King Institute of Preventive Medicine Micro-Biological Section reports 1909-11
Year: 1909
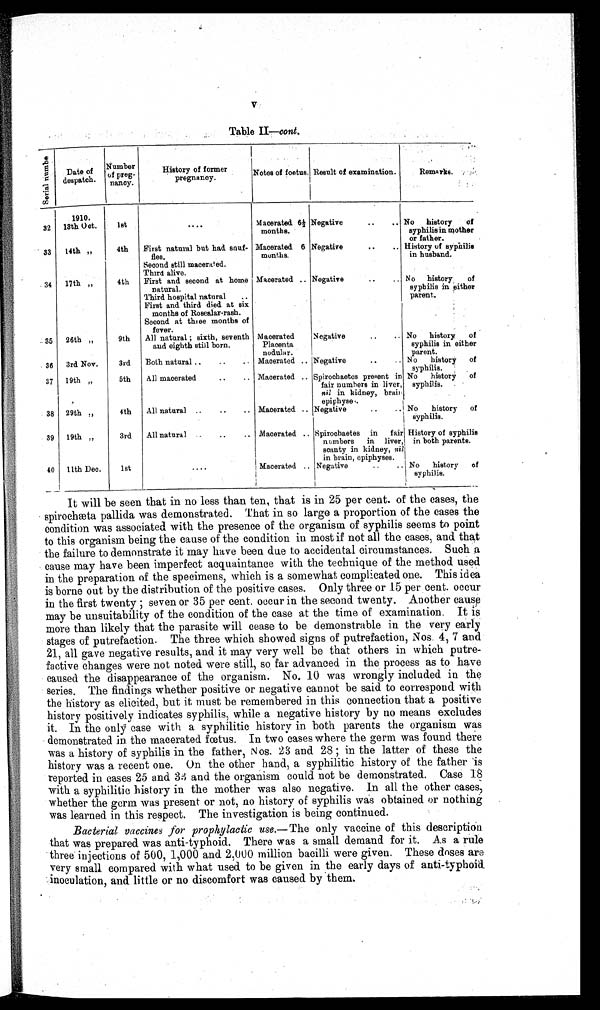
V Table II— c o n t .
S e r i a l n u m b e
Date of
despatch.
Number
of
p r e g - n a n c y .
History of former
pregnancy.
Notes of foetus. Result of examination.
Remarks.
1910.
32 13th Oct.
1st
. . . .
Macerated
6½ months.
Negative
..
.. No history of
syphilis in mother
or father.
33
14th ,,
4th
First natural but had. snuf-
fles.
Macerated. 6
months.
Negative
..
.. History of syphilis
in husband.
Second still macerated.
Third alive.
34 17th „
4th
First and. second at home
natural.
Macerated .. Negative
..
.. No history of
syphilis in either
parent.
Third hospital natural
..
First and third died. at six
months of Rosealar-rash.
Second at three months of
fever.
35
26th „
9th
All natural ; sixth, seventh
and eighth still born.
Macerated
Placenta
nodular.
Negative
..
.. No history of
syphilis in either
parent.
36 3rd Nov.
3rd
Both natural ..
..
Macerated .. Negative
..
.. No history of
syphilis.
37 19th „
5th
All macerated
..
.. Macerated .. Spirochaetes present in
fair numbers in liver,
nil in kidney, brain
epiphyse
No history of
syphilis.
38 29th „
4th
All natural ..
..
.. Macerated. .. Negative
..
.. i No history of
syphilis.
39 19th „
3rd
All natural
..
.. Macerated .. Spirochaetes in fair
numbers in liver
. scanty in kidney, nil
in brain, epiphyses.
History of syphilis
in both parents
.
40 11th Dec.
1st
....
Macerated .. Negative
..
.. No history of
syphilis.
It will be seen that in no less than ten, that is in 25 per cent. of the cases, the
spirochæta pallida was demonstrated. That in so large a proportion of the cases the
condition was associated with the presence of the organism of syphilis seems to point
to this organism being the cause of the condition in most if not all the cases, and that
the failure to demonstrate it may have been due to accidental circumstances. Such a
cause may have been imperfect acquaintance with the technique of the method used
in the preparation of the specimens, which is a somewhat complicated one. This idea
is borne out by the distribution of the positive cases. Only three or 15 per cent. occur
i n t he f i r s t t we nt y; s e ve n or 35 pe r c e nt . oc c ur i n t he s e c ond t we nt y. Anot he r c a us e
may be unsuitability of the condition of the case at the time of examination. It is
more than likely that the parasite will cease to be demonstrable in the very early
stages of putrefaction. The three which showed signs of putrefaction, Nos. 4, 7 and
21, all gave negative results, and it may very well be that others in which putre
- f a c t i v e c h a n g e s w e r e n o t n o t e d w e r e s t i l l , s o,
f a r a d v a n c e d i n t h e p r o c e s s a s t o h a v e
caused the disappearance of the organism. No. 10 was wrongly included in the
series. The findings whether positive or negative cannot be said to correspond with
the history as elicited, but it must be remembered in this connection that a positive
history positively indicates syphilis, while a negative history by no means excludes
it. In the only case with a syphilitic history in both parents the organism was
demonstrated in the macerated fœtus. In two eases where the germ was found there
was a history of syphilis in the father, Nos. 23 and 28; in the latter of these the
history was a recent one. On the other hand, a syphilitic history of the father is
reported in cases 25 and 33 and the organism could not be demonstrated. Case 18
with a syphilitic history in the mother was also negative. In all the other cases,
whether the germ was present or not, no history of syphilis was obtained or nothing
was learned in this respect. The investigation is being continued.
Bacterial vaccines for prophylacticu s e . — T h e o n l y v a c c i n e o f t h i s d e s c r i p t i o n
that was prepared was anti-typhoid. There was a small demand for it. As a rule
three injections of 500, 1,000 and 2,000 million bacilli were given. These doses are
very small compared with what used. to be given in the early days of anti-typhoid.
inoculation, and little or no discomfort was caused by them.